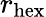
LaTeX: r_{\mathrm{hex}}